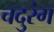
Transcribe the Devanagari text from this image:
चदुरंग